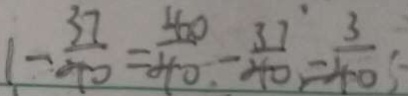
1 - \frac { 3 7 } { 4 0 } = \frac { 4 0 } { 4 0 } - \frac { 3 7 } { 4 0 } = \frac { 3 } { 4 0 }